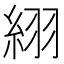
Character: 䋚